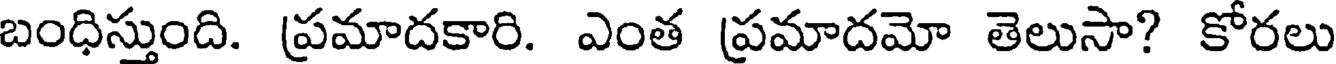
బంధిస్తుంది. ప్రమాదకారి. ఎంత ప్రమాదమో తెలుసా? కోరలు